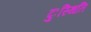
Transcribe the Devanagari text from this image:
दुःस्थिति